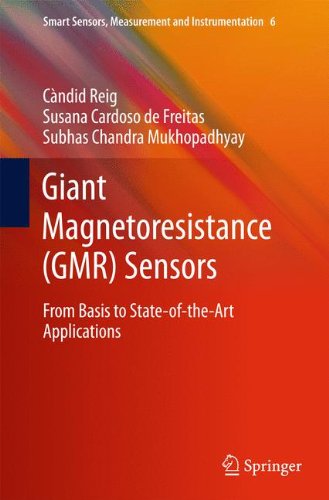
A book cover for Giant Magnetoresistance (GMR) Sensors: From Basis to State-of-the-Art Applications (Smart Sensors, Measurement and Instrumentation); Candid Reig; Science & Math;